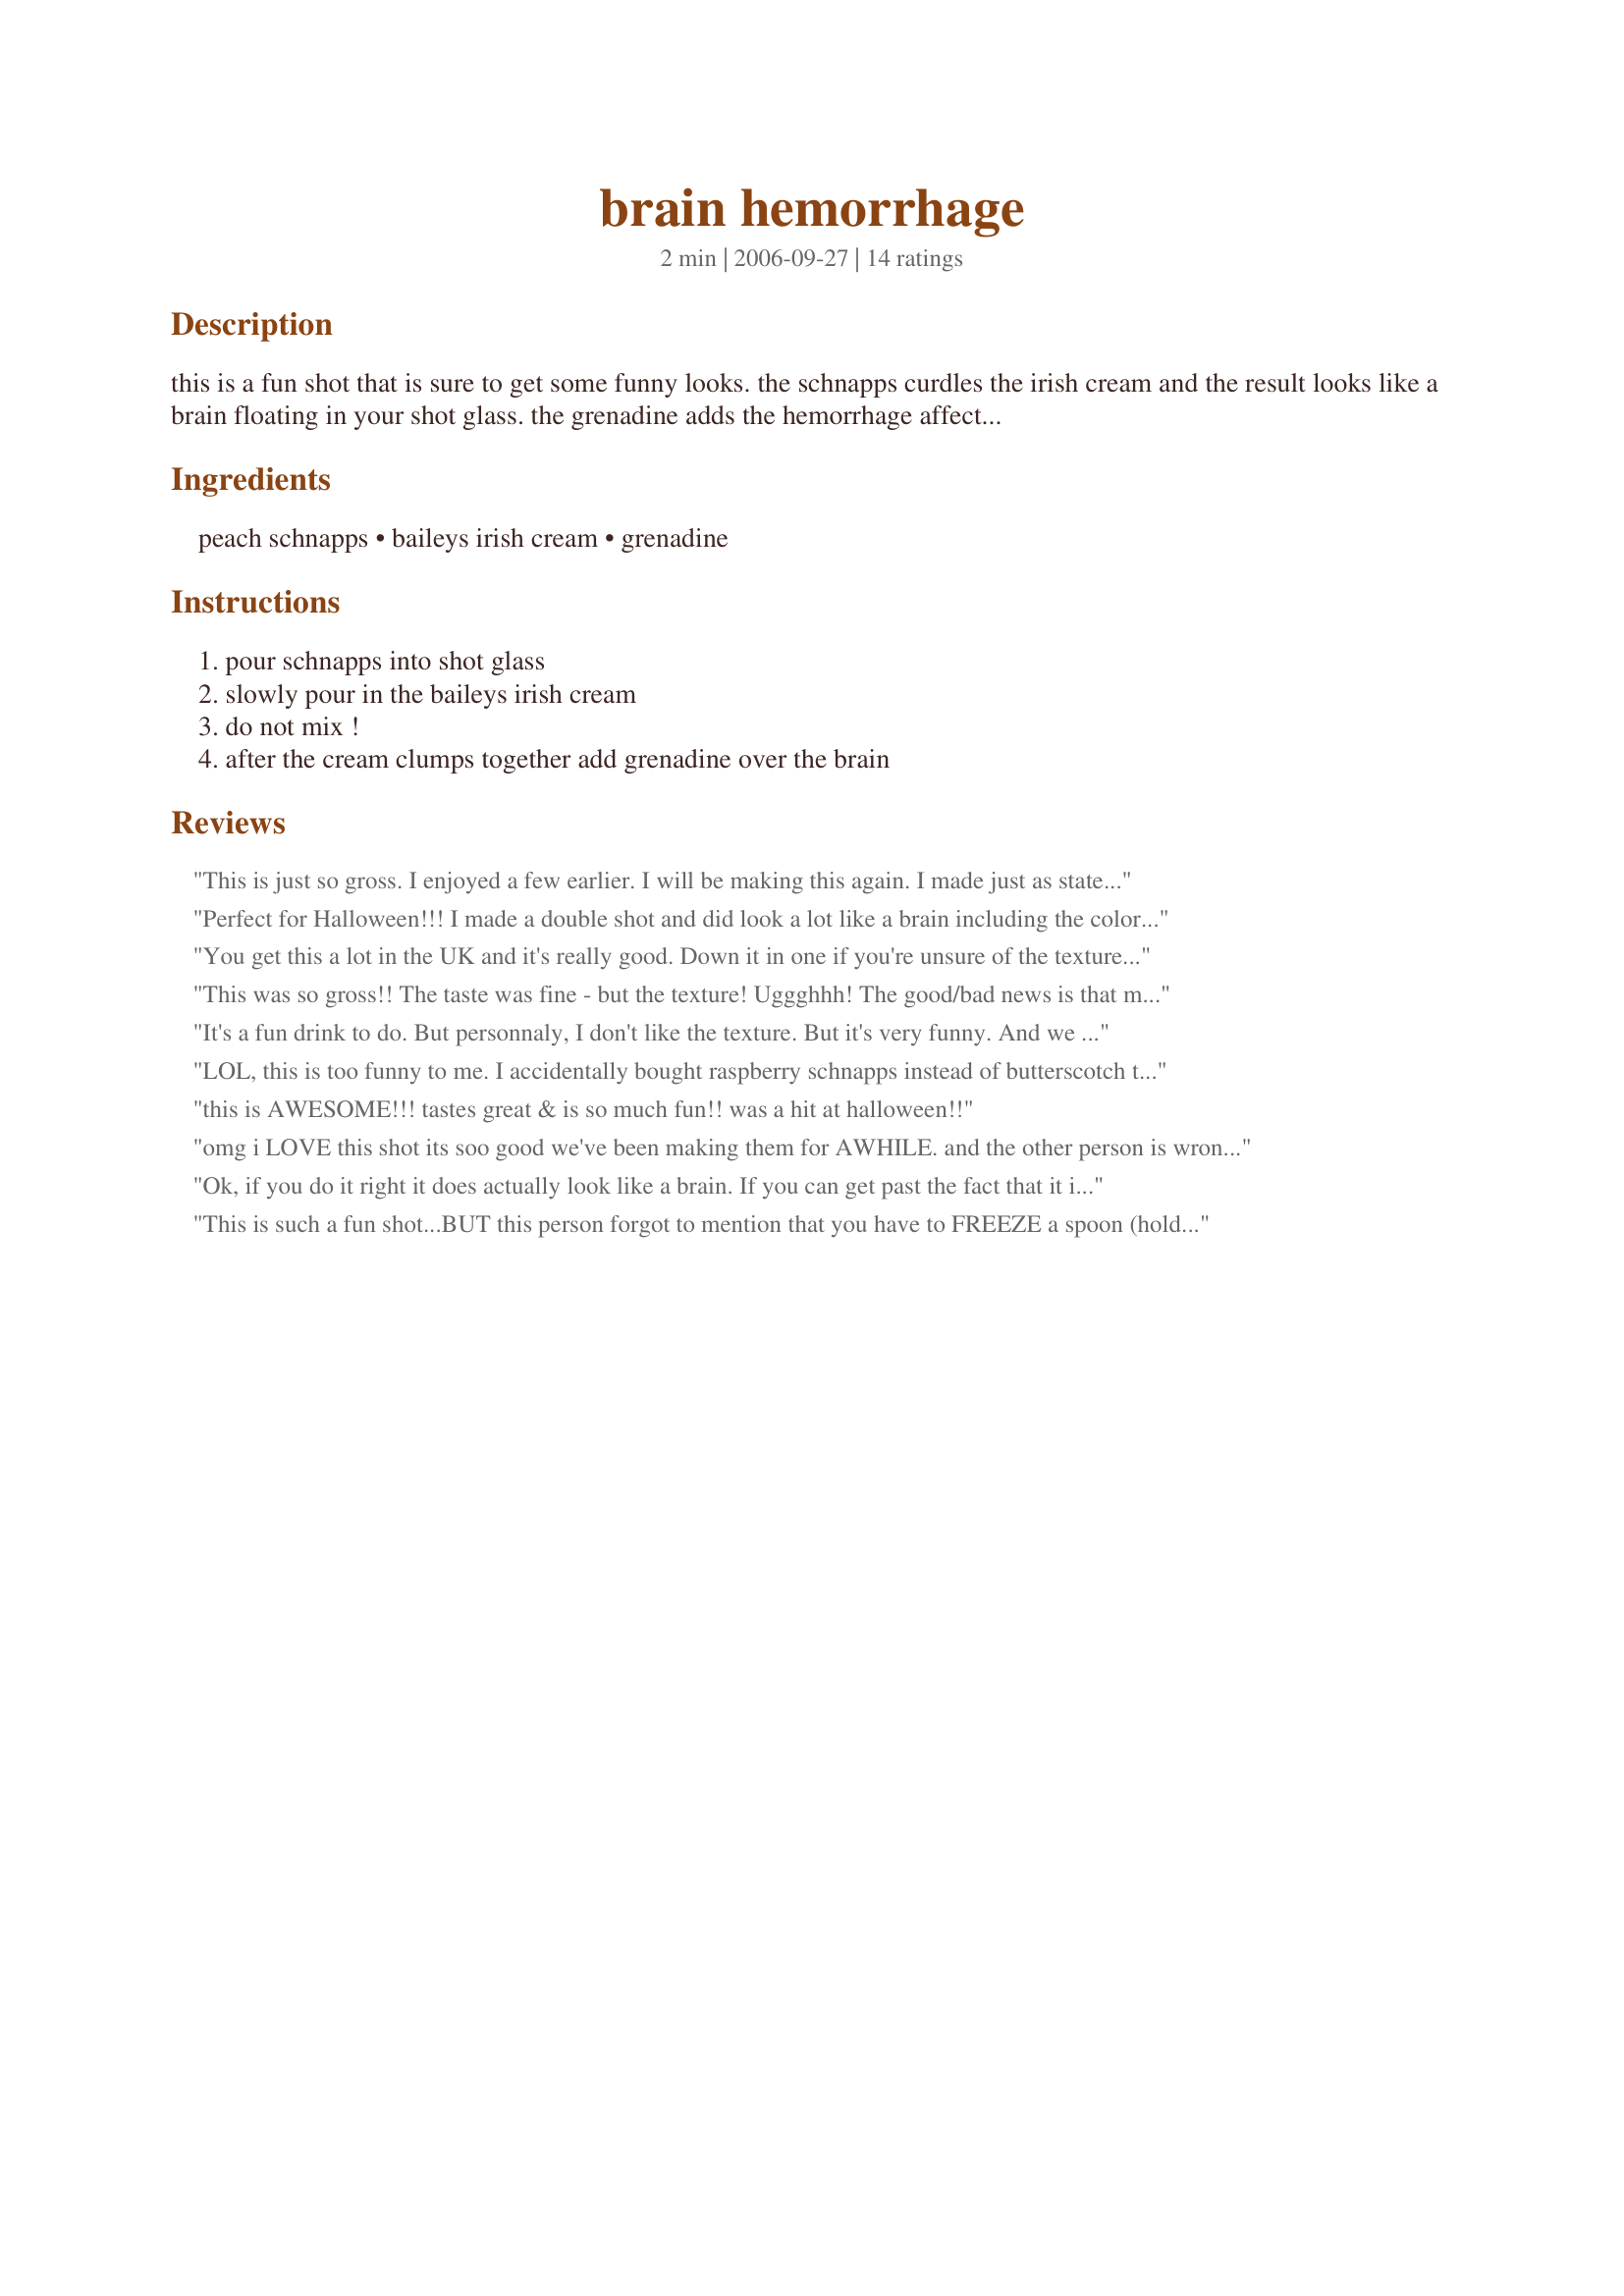
brain hemorrhage
Preparation time: 2 minutes

this is a fun shot that is sure to get some funny looks. the schnapps curdles the irish cream and the result looks like a brain floating in your shot glass. the grenadine adds the hemorrhage affect. it actually tastes good too! great for halloween! ps - the texture of the drink is suppose to resemble a brain....so yes, it is a gross texture! lol!

Ingredients:
peach schnapps, baileys irish cream, grenadine

Steps:
pour schnapps into shot glass, slowly pour in the baileys irish cream, do not mix !, after the cream clumps together add grenadine over the brain

Reviews:
This is just so gross. I enjoyed a few earlier. I will be making this again. I made just as stated and it worked just fine. You don't need a cold spoon to make this work. Thanks for posting.
Perfect for Halloween!!! I made a double shot and did look a lot like a brain including the color. LOL... tasted not bad at all but it&#039;s a little hard for me to accept the texture of the brain...
You get this a lot in the UK and it's really good. Down it in one if you're unsure of the texture...!
This was so gross!! The taste was fine - but the texture! Uggghhh! The good/bad news is that my dh couldn't take the texture & I got to/had to finish his! This is a perfectly demented drink. I won't drink it again myself - but you bet I'll serve it to my "friends"!
It's a fun drink to do. But personnaly, I don't like the texture. But it's very funny. And we don't need to freeze a spoon to do it.
LOL, this is too funny to me. I accidentally bought raspberry schnapps instead of butterscotch to mix with bailys for a buttery nipple. Boy was I suprised after that first sip (didn't pay attention to what it looked like, just knew that I knew what I had). I didn't like it at the time b/c it was NOT what I was expecting, but may give a try again.
this is AWESOME!!! tastes great & is so much fun!! was a hit at halloween!!
omg i LOVE this shot its soo good we've been making them for AWHILE. and the other person is wrong you do not have to freeze a spoon. if the alcohol is cold it will work just fine. no need to freeze the spoon believe me i've done it a million times!
Ok, if you do it right it does actually look like a brain. If you can get past the fact that it is chunky in your mouth, it doesn't taste half bad.
This is such a fun shot...BUT this person forgot to mention that you have to FREEZE a spoon (hold in ice for a few minutes), and then slowsly pour the baileys over the back of the frozen spoon into the shot glass. Otherwise, the chemical reaction won't occur properly and you'll just end up with a brown shot. So tasty and not overwhelmingly boozy.
Very fun and tasty concoction! I only wish I'd gotten a picture of my animated butler serving them up at my Halloween party! :) Thanks for sharing this recipe!
very good i made the bar tender at lucky's make this for me he looked at me funny but did it any way the look of it grossed out the people at the bar lol thanks
This was actually very tasty, but the texture of the brain is pretty disgusting. Since it was for Halloween though, it was perfect and went over really well.
My granddaddy who's a doctor invented a drink called "The Brain" and WOW. After just 2 it'll knock you into next week. But this does o.k too.
